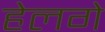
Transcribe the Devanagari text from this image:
हेलगे